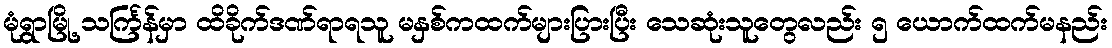
မုံရွာမြို့ သင်္ကြန်မှာ ထိခိုက်ဒဏ်ရာရသူ မနှစ်ကထက်များပြားပြီး သေဆုံးသူတွေလည်း ၅ ယောက်ထက်မနည်း